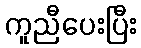
ကူညီပေးပြီး